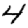
Digit: 4